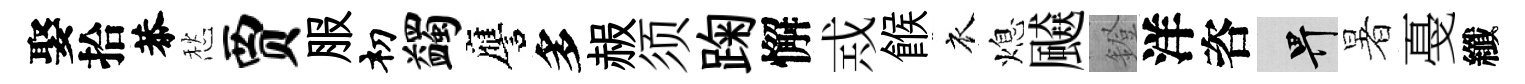
娶拾恭愁贾服𥘉蠲譍多赧须踘懈𢦶餱衣熄飇鐙洋咨畀暑戞纖